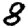
Digit: 8